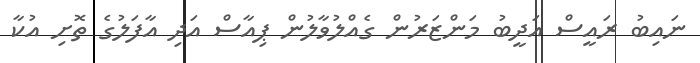
ނައިބު ރައީސް އަދީބު މަންޒަރުން ގެއްލުވާލުން ޕިއާސް އަދި އާފަލުގެ ތޮށި އުކާ